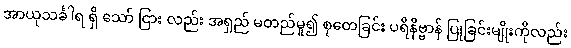
အာယုသင်္ခါရ ရှိ သော် ငြား လည်း အရှည် မတည်မူ၍ စုတေခြင်း ပရိနိဗ္ဗာန် ပြုခြင်းမျိုးကိုလည်း